Vaccine operations Central Provinces 1868-1885 - 1868-1885
Year: 1868
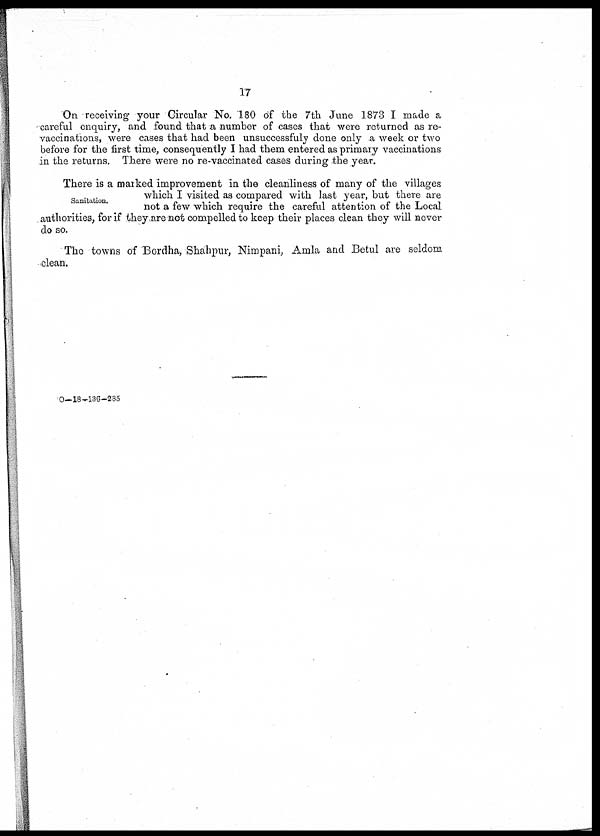
17
On receiving your Circular No. 180 of the 7th June 1873 I made a
careful enquiry, and found that a number of cases that were returned as re¬
vaccinations, were cases that had been unsuccessfuly done only a week or two
before for the first time, consequently I had them entered as primary vaccinations
in the returns. There were no re-vaccinated cases during the year.
Sanitation.
There is a marked improvement in the cleanliness of many of the villages
which I visited as compared with last year, but there are
not a few which require the careful attention of the Local
authorities, for if they are not compelled to keep their places clean they will never
do so.
The towns of Bordha, Shahpur, Nimpani, Amla and Betul are seldom
clean.
O—18—136—285